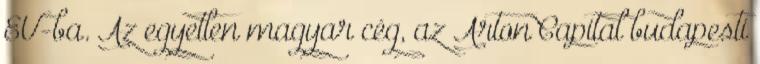
EU-ba. Az egyetlen magyar cég, az Arton Capital budapesti